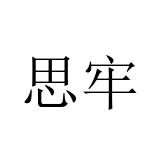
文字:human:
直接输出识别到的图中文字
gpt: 思牢